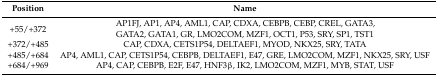
<table><thead><tr><td><b>Position</b></td><td><b>Name</b></td></tr></thead><tbody><tr><td>+55/+372</td><td>AP1FJ, AP1, AP4, AML1, CAP, CDXA, CEBPB, CEBP, CREL, GATA3, GATA2, GATA1, GR, LMO2COM, MZF1, OCT1, P53, SRY, SP1, TST1</td></tr><tr><td>+372/+485</td><td>CAP, CDXA, CETS1P54, DELTAEF1, MYOD, NKX25, SRY, TATA</td></tr><tr><td>+485/+684</td><td>AP4, AML1, CAP, CETS1P54, CEBPB, DELTAEF1, E47, GRE, LMO2COM, MZF1, NKX25, SRY, USF</td></tr><tr><td>+684/+969</td><td>AP4, CAP, CEBPB, E2F, E47, HNF3β, IK2, LMO2COM, MZF1, MYB, STAT, USF</td></tr></tbody></table>